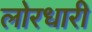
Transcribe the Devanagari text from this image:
लोरधारी